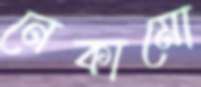
নেকামো